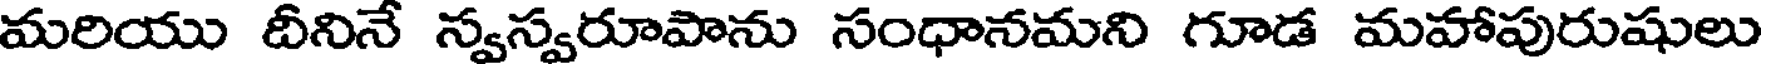
మరియు దీనినే స్వస్వరూపాను సంధానమని గూడ మహాపురుషులు